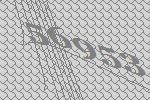
56953